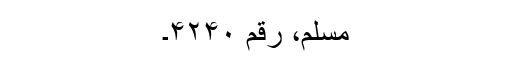
مسلم، رقم ۴۲۴۰۔